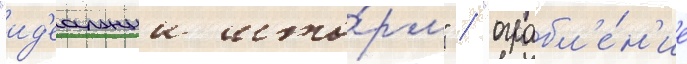
"ид'еальныи што́рм" / "ограбл'е́н'ие